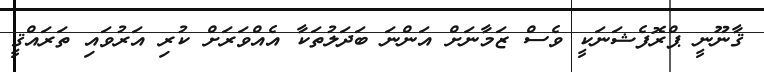
ޤާނޫނީ ޕްރޮފެޝަނަކީ ވެސް ޒަމާނަށް އަންނަ ބަދަލުތަކާ އެއްވަރަށް ކުރި އަރުވައި ތަރައްޤީ